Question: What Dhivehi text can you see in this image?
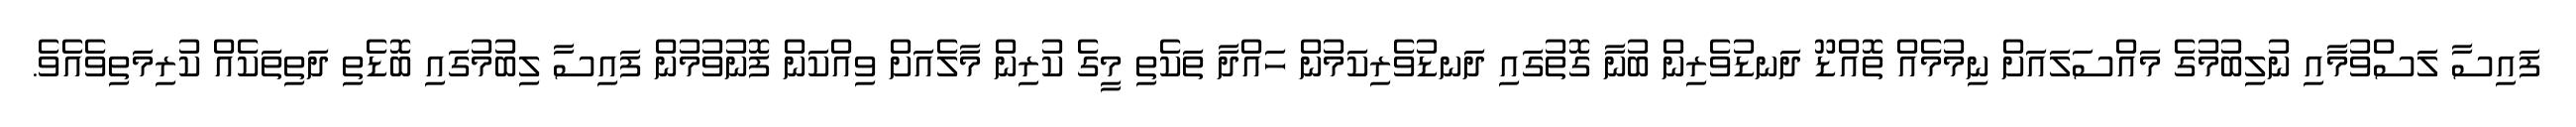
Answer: ފައިސާ ލަސްވުމާއި ނުލިބުމުގެ މައްސަލައަށް ނިމުމެއް ތޮއްޑޫ ދަނޑުވެރިން ބުނާ ގޮތުގައި ދަނޑުވެރިކަމުން ހައްދާ ތަކެތި މީގެ ކުރިން މާލެއަށް ވިއްކަން ފޮނުވުމުން ފައިސާ ލިބުމުގައި ބޮޑެތި ދަތިތަކެއް ކުރިމަތިވެއެވެ.